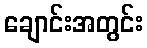
ချောင်းအတွင်း